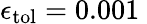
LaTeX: \epsilon_{\mathrm{{tol}}}=0.001\